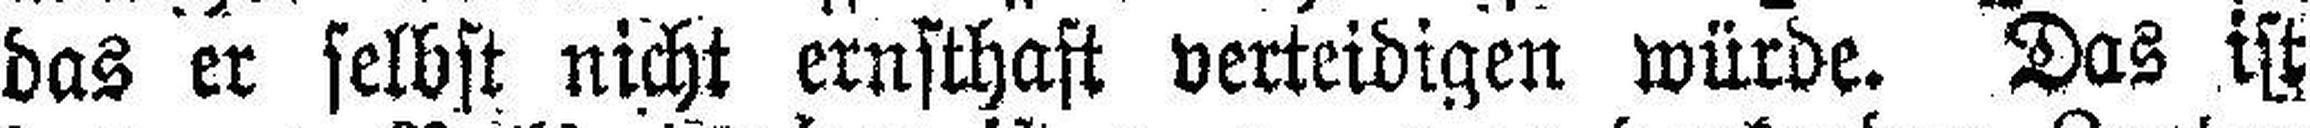
das er selbst nicht ernsthaft verteidigen würde. Das ist